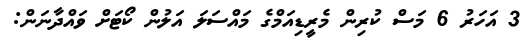
3 އަހަރު 6 މަސް ކުރިން މެރީޑިއަމްގެ މައްސަލަ އަލުން ކޯޓަށް ވައްދާނަން: